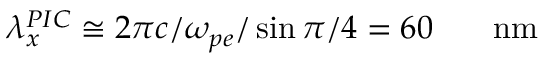
\lambda _ { x } ^ { P I C } \cong 2 \pi c / \omega _ { p e } / \sin { \pi / 4 } = 6 0 \ensuremath { \mathrm { ~ \textrm ~ { ~ \, ~ } ~ } } \ensuremath { \mathrm { n m } }